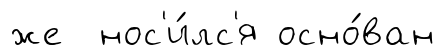
же нос'и́лс'я осно́ван